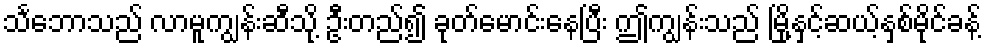
သင်္ဘောသည် လာမူကျွန်းဆီသို့ ဦးတည်၍ ခုတ်မောင်းနေပြီး ဤကျွန်းသည် မြို့နှင့်ဆယ့်နှစ်မိုင်ခန့်